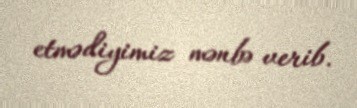
etmədiyimiz mənbə verib.